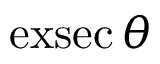
\operatorname { e x s e c } \theta